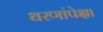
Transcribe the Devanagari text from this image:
धरणांपेक्षा